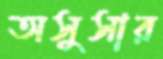
অসুসার